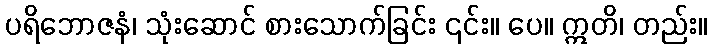
ပရိဘောဇနံ၊ သုံးဆောင် စားသောက်ခြင်း ၎င်း။ ပေ။ ဣတိ၊ တည်း။